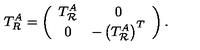
T _ { R } ^ { A } = \left( \begin{array} { c c } { T _ { \mathcal R } ^ { A } } & { 0 } \\ { 0 } & { - \left( T _ { \mathcal R } ^ { A } \right) ^ { T } } \\ \end{array} \right) .